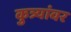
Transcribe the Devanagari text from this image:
कुत्र्यांवर